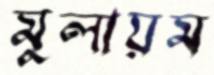
মুলায়ম